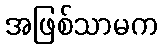
အဖြစ်သာမက